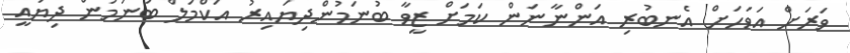
ވަރަށް އަވަހަށް އެނބުރި އަންނާނަން ކަމަށް ޒީވާ ބުނަމުންދިޔައިރު އަކްމަލް ބުނަމުން ދިޔައީ